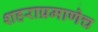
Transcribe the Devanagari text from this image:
शहराप्रमाणेच